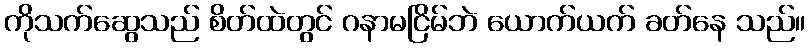
ကိုသက်ဆွေသည် စိတ်ထဲတွင် ဂနာမငြိမ်ဘဲ ယောက်ယက် ခတ်နေ သည်။